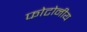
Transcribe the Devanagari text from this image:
फोटोनीय